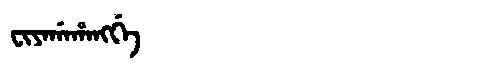
Manchu: ᠸᡳᠶᠠᡤᠠᡥᠠᠩᡤᡝ
Romanization: FIYAGAHANGGE